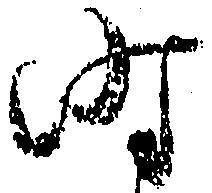
時